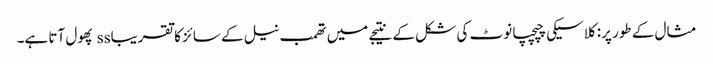
مثال کے طور پر: کلاسیکی چپچپا نوٹ کی شکل کے نتیجے میں تھمب نیل کے سائز کا تقریباss پھول آتا ہے۔